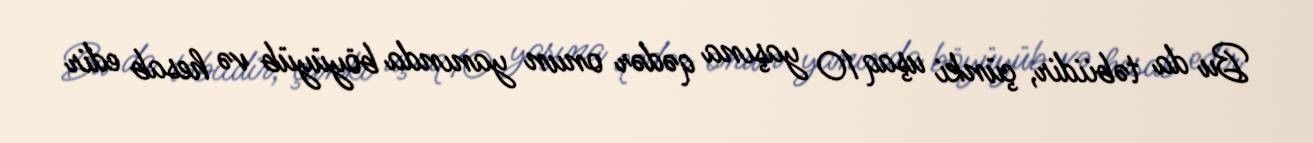
Bu da təbiidir, çünki uşaq 10 yaşına qədər onun yanında böyüyüb və hesab edir